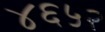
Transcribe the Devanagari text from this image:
४६५२